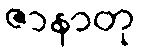
ဇာနာတု